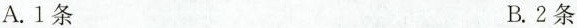
A.1条 B.2条